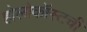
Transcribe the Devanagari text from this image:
होलोकॉस्टची